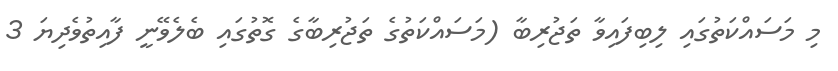
މި މަސައްކަތުގައި ލިބިފައިވާ ތަޖުރިބާ (މަސައްކަތުގެ ތަޖުރިބާގެ ގޮތުގައި ބެލެވޭނީ ފާއިތުވެދިޔަ 3